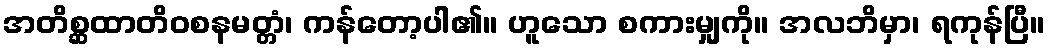
အတိစ္ဆထာတိဝစနမတ္တံ၊ ကန်တော့ပါ၏။ ဟူသော စကားမျှကို။ အလဘိမှာ၊ ရကုန်ပြီ။